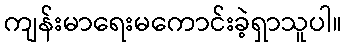
ကျန်းမာရေးမကောင်းခဲ့ရှာသူပါ။